Vital statistics of India. Vol. IV, Annual returns from 1871 to 1876. British Army of India, Native Army and jails of Bengal
Year: 1871
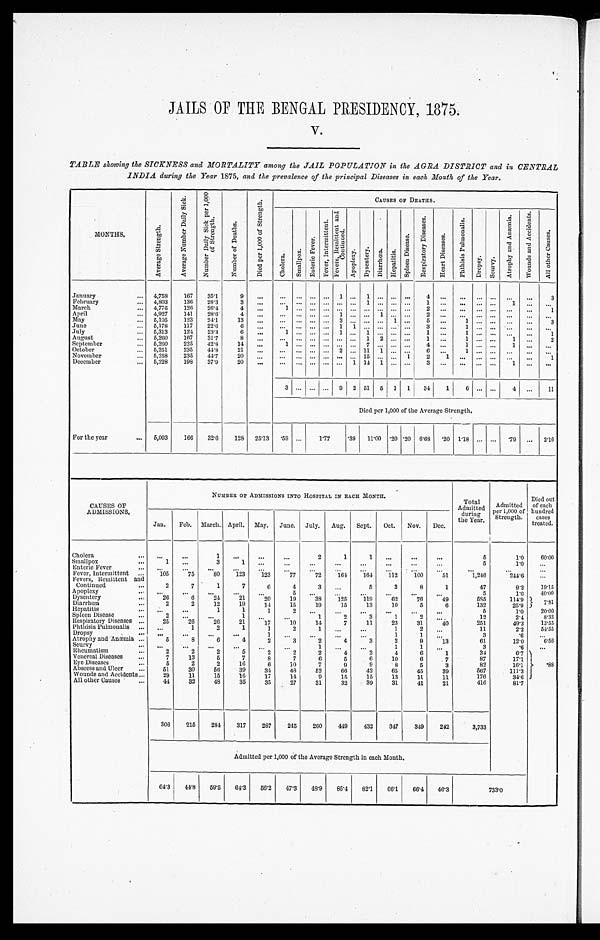
JAILS OF THE BENGAL PRESIDENCY, 1875.
V.
TABLE showing the SICKNESS and MORTALITY among the JAIL POPULATION in the AGRA DISTRICT and in CENTRAL
INDIA durina the Year 1875, and the prevalence of the principal Diseases in each Month of the Year.
MONTHS.
A v e r a g e S t r e n g t h .
A v e r a g e N u m b e r D a i l y S i c k .
N u m b e r D a i l y S i c k p e r 1 , 0 0 0 o f S t r e n g t h .
N u m b e r o f D e a t h s .
D i e d p e r 1 , 0 0 0 o f S t r e n g t h .
CAUSES OF DEATHS.
C h o l e r a .
S m a l l p o x .
E n t e r i c F e v e r .
F e v e r , I n t e r m i t t e n t .
F e v e r , R e m i t t e n t a n d C o n t i n u e d .
A p o p l e x y . D y s e n t e r y .
D i a r r h œ a .
H e p a t i t i s .
S p l e e n D i s e a s e s . R e s p i r a t o r y D i s e a s e s .
H e a r t D i s e a s e s .
P h t h i s i s p u l m o n a l i s .
D r o p s y .
S c u r v y .
A t r o p h y a n d A n æ m i a .
W o u n d s a n d A c c i d e n t s .
A l l o t h e r c a u s e s .
January
... 4,758
167
35.1
9
...
... ... ... ...
1
. . .
1 . . . . . . . . .
4
. . .
. . .
. . . . . .
. . .
. . .
3
February
... 4,803
136 28.3
3
...
. . .
. . . . . . . . . . . . . . .
1 . . . . . . . . . 1 ...
... ... ...
1
...
. . .
March
... 4,776
126
26.4
4
...
1
. . . . . . . . . . . . ... ... ... ... ...
2 ... ... ... ... ...
...
1
April
... 4,927
141
28.6
4
...
... ... ... ... 1
. . .
. . . 1
. . . . . . 2
. . .
. . .
. . . . . .
. . .
. . .
. . .
May
... 5,105
123
24.1
13
...
. . .
. . . . . . . . .
3 . . .
. . . . . . 1 ...
5 ...
1
. . . . . . ... ...
3
June
... 5,178
117
22.6
6
...
... ... ... ... 1 1
. . . . . . . . . . . . 3 ...
1
. . . . . . ... ...
...
July
... 5,313
124
23.3
6
...
1
. . . . . . . . . 1 . . .
1 . . . . . . . . . 1 ... 1
. . . . . . ... ...
1
August
... 5,260
167
31.7
8
...
... ... ... ... ... ...
1 2 . . . . . .
1 ...
1
. . . . . . 1 ...
2
September
... 5,260
225
42.8
14
...
1
. . . . . . . . . . . . . . .
7 . . . . . . . . . 4 ...
1
. . . . . . 1 ...
...
October
... 5,251
235
44.8
21
...
... ... ... ... 2 ... 11 1 ... ...
6 ... 1
. . . . . .
...
... ...
November
... 5,258
235
44.7
20
...
...
. . . ... ... ...
. . . 15
. . . . . . 1
2
1
. . .
. . . . . .
. . .
. . .
1
December
. . . 5,228
198
37.9
20
...
...
. . . . . . . . . . . .
1 14 1
. . . . . .
3 ...
... ... ... 1
...
. . .
3 ... ... ... 9 2 51 5 1 1
34
1
6
. . . . . . 4 ...
11
Died per 1,000 of the Average Strength.
For the year
... 5,093
166 32.6
128 25.13
. 5 9 ...
1.77
.39 11.00 .20 .20 6.68
. 2 0 1.18 ... ...
. 7 9 ... 2.16
CAUSES OF
ADMISSIONS.
NUMBER OF ADMISSIONS INTO HOSPITAL IN EACH HOSPITAL.
_
Total
Admitted
during
the Year.
Admitted
per 1,000 of
Strength.
Died out
of each
hundred
cases
treated.
Jan.
Feb. March. April. May. June. July. Aug. Sept. Oct. Nov. Dec.
Cholera
...
...
...
1
. . .
...
...
2
1
1
. . .
. . .
. . .
5
1.0
60.00
Smallpox
...
1
...
3
1
. . . ...
...
...
...
. . .
. . .
. . .
5
1.0
...
Enteric Fever
. . . ...
. . . ...
...
...
. . .
. . . ...
. . .
. . .
. . . ...
...
...
. . .
Fever, Intermittent
. . .
105
75
80
123
123
77
72
164 164
112
100
51
1,246
214.6
. . .
Fevers, Remittent and
Continued ...
2
7
1
7
6
4
3
. . .
5
3
8
1
47
9.2
19.15
Apoplexy
. . . ...
. . . ...
...
...
5
...
...
...
...
...
...
5
1.0
40.00
Dysentery
. . .
26
6
24
21
20
19
38
125
119
62
76
49
585
114.9
7.81
Diarrhœa
...
2
2
12
19
14
15
19
15
13
10
5
6
132
25.9
Hepatitis
. . . ...
...
1
1
1
2
...
...
...
...
...
...
5
1.0
20.00
Spleen Disease
...
2
...
...
1
. . .
. . .
1
2
3
1
2
...
12
2.4
8.33
Respiratory Diseases ...
25
26
26
21
17
10
14
7
11
23
31
40
251
49.3
13.55
Phthisis Pulmonalis ...
...
1
2
1
1
2
1
...
...
1
2
. . .
11
2.2
54.55
Dropsy
...
...
...
...
...
1
...
. . .
. . .
...
1
1
. . .
3
. 6
. . .
Atrophy and Anæmia ...
5
8
6
4
2
3
2
4
3
2
9
13
61
12.0
6.56
Scurvy
...
...
...
...
. . .
. . .
. . .
1
. . .
. . .
1
1
...
3
. 6
. . .
Rheumatism
...
2
2
2
5
2
2
2
4
2
4
6
1
34
6.7 .88
Venereal Diseases
...
7
13
5
7
8
7
6
5
6
10
6
7
87
17.1
Eye Diseases
...
5
2
2
16
6
10
7
9
9
8
5
3
82
16.1
Abscess and Ulcer
...
51
30
56
39
34
48
52
66
42
65
45
39
567
111.3
Wounds and Accidents ...
29
11
15
16
17
14
9
15
15
13
11
11
176
34.6
All other Causes
...
44
32
48
35
35
27
31
32
39
31
41
21
416
81.7
306
215
284
317
287
245
260
449
432
347
349
242
3,733
Admitted per 1,000 of the Average Strength in each Month.
64.3 44.8 59.5 64.3 56.2
47.3 48.9 85.4 82.1 66.1
66.4 46.3
733.0